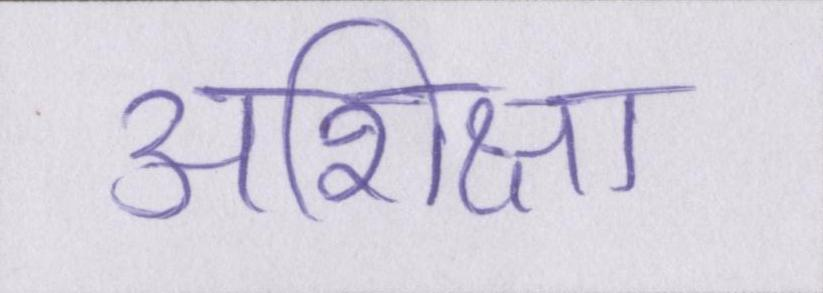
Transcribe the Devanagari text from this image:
अशिक्षा